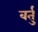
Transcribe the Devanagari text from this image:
वर्तु